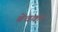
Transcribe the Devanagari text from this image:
बेचका